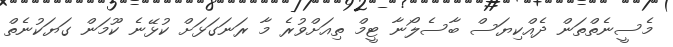
މެސީނެތްތަން ދެއްކިޔަސް ބާސެލޯނާ ޓީމް ތިއަށްވުރެ މާ ރަނަގަޅަށް ކުޅޭނެ ކޫމަން ގަޔަކުނެތް